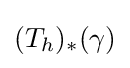
(T_{h})_{*}(\gamma )